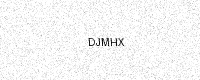
Text: DJMHX